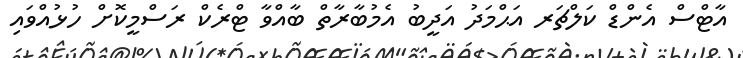
އާޓްސް އެންޑް ކަލްޗަރ އަޙްމަދު އަދީބު އެމުބާރާތް ބާއްވާ ޓްރެކް ރަސްމީކޮށް ހުޅުއްވައި